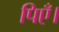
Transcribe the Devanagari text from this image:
पिएँ।